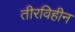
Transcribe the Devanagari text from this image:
तीरविहीन